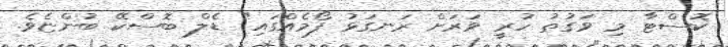
ކޮސްޓާ މި ވަގުތު ހުރީ ވަރަށް ރަނގަޅު ފޯމެއްގައި" ޑެލް ބޮސްކޭ ބުންޏެވެ.